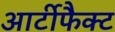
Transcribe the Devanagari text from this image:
आर्टीफैक्ट